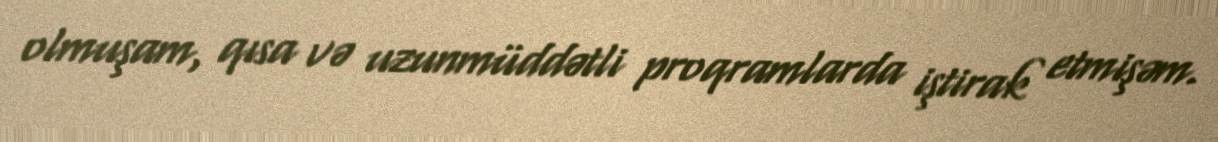
olmuşam, qısa və uzunmüddətli proqramlarda iştirak etmişəm.